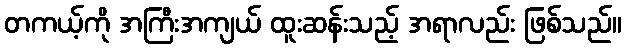
တကယ့်ကို အကြီးအကျယ် ထူးဆန်းသည့် အရာလည်း ဖြစ်သည်။